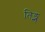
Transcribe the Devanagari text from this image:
तिङ्न्त